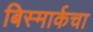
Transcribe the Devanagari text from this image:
बिस्मार्कचा